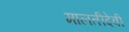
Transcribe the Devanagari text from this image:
मालतीदेवी